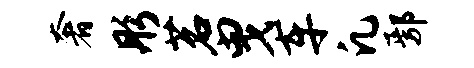
奢彤茗曳车凡鄢